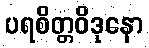
ပရစိတ္တဝိဒုနော